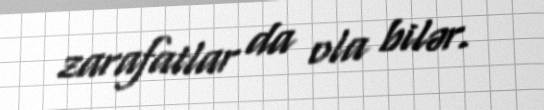
zarafatlar da ola bilər.